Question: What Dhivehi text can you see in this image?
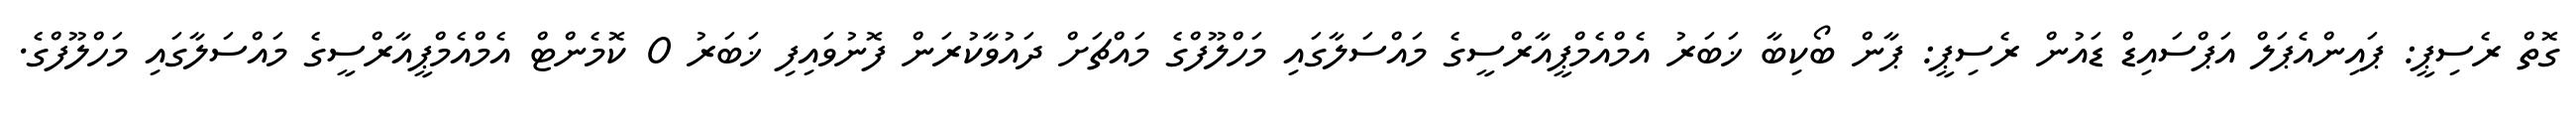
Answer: ގޮތް ރެސިޕީ: ޕައިންއެޕަލް އަޕްސައިޑް ޑައުން ރެސިޕީ: ޕާން ބޯކިބާ ޚަބަރު އެމްއެމްޕީއާރްސީގެ މައްސަލާގައި މަހްލޫފްގެ މައްޗަށް ދައުވާކުރަން ފޮނުވައިފި ޚަބަރު 0 ކޮމެންޓް އެމްއެމްޕީއާރްސީގެ މައްސަލާގައި މަހްލޫފްގެ.